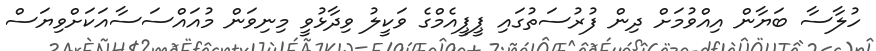
ހުލާސާ ބަޔާން އިއްވުމަށް ދިން ފުރުސަތުގައި ޕީޕީއެމްގެ ވަކީލު ވިދާޅުވީ މިނިވަން މުއައްސަސާއަކަށްވިޔަސް